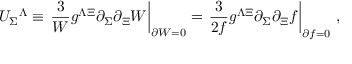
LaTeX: { \cal U } _ { \Sigma } { } ^ { \Lambda } \equiv \left. \frac { 3 } { W } g ^ { \Lambda \Xi } \partial _ { \Sigma } \partial _ { \Xi } W \right| _ { \partial W = 0 } = \left. \frac { 3 } { 2 f } g ^ { \Lambda \Xi } \partial _ { \Sigma } \partial _ { \Xi } f \right| _ { \partial f = 0 } \, ,